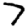
Digit: 7